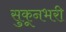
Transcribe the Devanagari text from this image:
सुकूनभरी